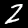
Digit: 2